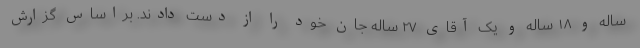
ساله و ۱۸ ساله و یک آقای ۲۷ ساله جان خود را از دست دادند. براساس گزارش